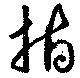
指